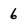
Character: 6